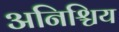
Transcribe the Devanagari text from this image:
अनिश्चिय